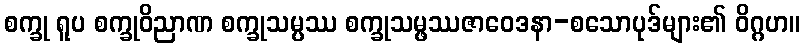
စက္ခု ရူပ စက္ခုဝိညာဏ စက္ခုသမ္ပဿ စက္ခုသမ္ဖဿဇာဝေဒနာ-စသောပုဒ်များ၏ ဝိဂ္ဂဟ။